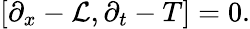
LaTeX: \left[\partial_{x}-\mathcal{L},\partial_{t}-T\right]=0.